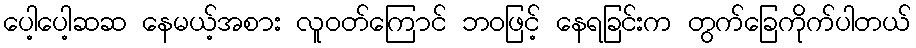
ပေါ့ပေါ့ဆဆ နေမယ့်အစား လူဝတ်ကြောင် ဘဝဖြင့် နေရခြင်းက တွက်ခြေကိုက်ပါတယ်